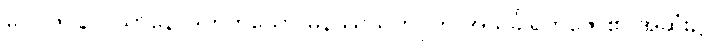
ပေ။ ဇဝနာဝသာနေ၊ ဒွိဟိတ်သော မနဿသဟဂုတ် အသင်္ခါရိကဇော၏ အဆုံး၌။